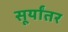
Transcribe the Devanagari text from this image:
सूर्यांतर